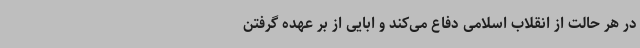
در هر حالت از انقلاب اسلامی دفاع می‌کند و ابایی از بر عهده‌ گرفتن